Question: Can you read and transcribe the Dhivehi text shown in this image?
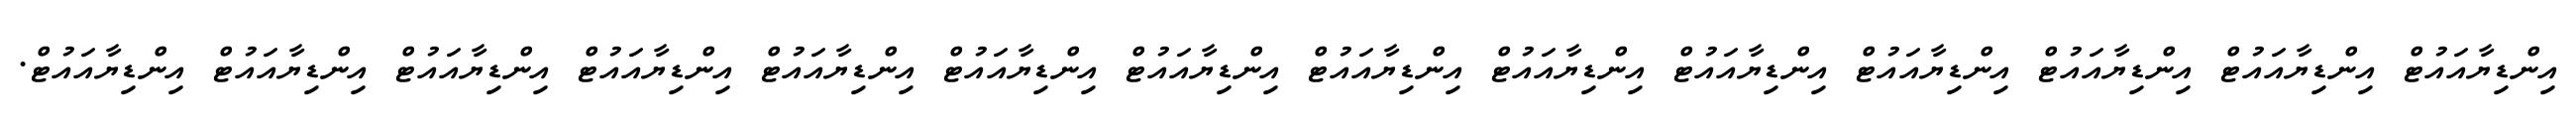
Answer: އިންޑިޔާއައުޓް އިންޑިޔާއައުޓް އިންޑިޔާއައުޓް އިންޑިޔާއައުޓް އިންޑިޔާއައުޓް އިންޑިޔާއައުޓް އިންޑިޔާއައުޓް އިންޑިޔާއައުޓް އިންޑިޔާއައުޓް އިންޑިޔާއައުޓް އިންޑިޔާއައުޓް އިންޑިޔާއައުޓް އިންޑިޔާއައުޓް އިންޑިޔާއައުޓް.